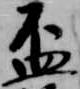
盃